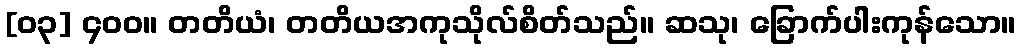
[၀၃] ၄၀၀။ တတိယံ၊ တတိယအကုသိုလ်စိတ်သည်။ ဆသု၊ ခြောက်ပါးကုန်သော။